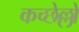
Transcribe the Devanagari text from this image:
कच्छेल्लों